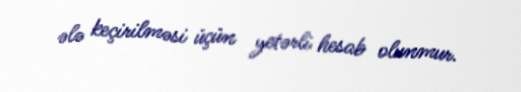
ələ keçirilməsi üçün yetərli hesab olunmur.